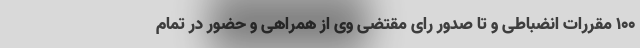
۱۰۰ مقررات انضباطی و تا صدور رای مقتضی وی از همراهی و حضور در تمام